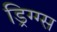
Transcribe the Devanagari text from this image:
ड्रिग्ग्स